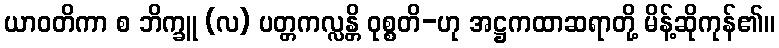
ယာဝတိကာ စ ဘိက္ခူ (လ) ပတ္တကလ္လန္တိ ဝုစ္စတိ-ဟု အဋ္ဌကထာဆရာတို့ မိန့်ဆိုကုန်၏။